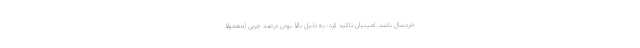
خردسال باشد. امینیان تاکید کرد: به دلیل بالا بودن درصد چربی (معمولا